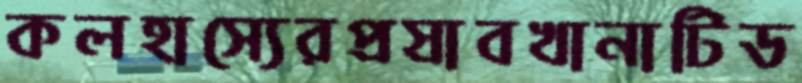
কলহাস্যেরপ্রস্রাবখানাটিড